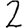
Digit: 2